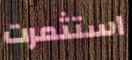
استثمرت